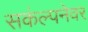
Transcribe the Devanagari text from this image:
सकंल्पनेवर